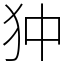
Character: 狆